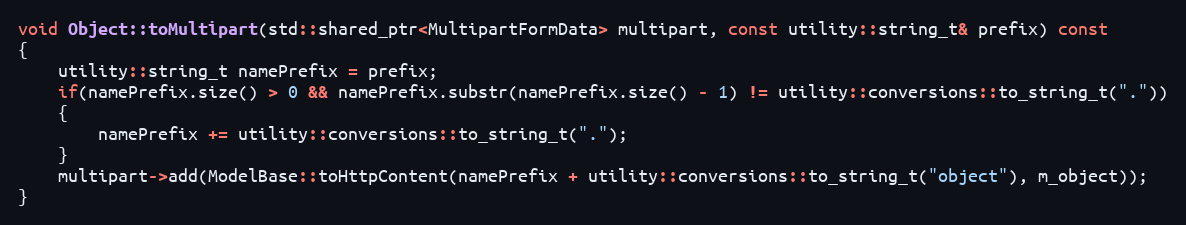
Language: C++
void Object::toMultipart(std::shared_ptr<MultipartFormData> multipart, const utility::string_t& prefix) const
{
    utility::string_t namePrefix = prefix;
    if(namePrefix.size() > 0 && namePrefix.substr(namePrefix.size() - 1) != utility::conversions::to_string_t("."))
    {
        namePrefix += utility::conversions::to_string_t(".");
    }
    multipart->add(ModelBase::toHttpContent(namePrefix + utility::conversions::to_string_t("object"), m_object));
}